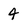
Character: 4